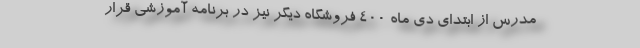
مدرس از ابتدای دی ماه 400 فروشگاه دیگر نیز در برنامه آموزشی قرار